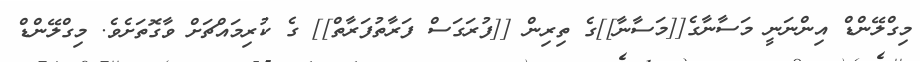
މިގްލޭންޑް އިންނަނީ މަސާނާގެ[[މަސާނާ]]ގެ ތިރިން [[ފުރަގަސް ފަރާތުފަރާތް]] ގެ ކުރިމައްޗަށް ވާގޮތަށެވެ. މިގްލޭންޑް